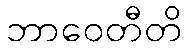
ဘာဝေတီတိ